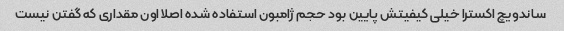
ساندویچ اکسترا خیلی کیفیتش پایین بود حجم ژامبون استفاده شده اصلا اون مقداری که گفتن نیست